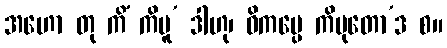
အဟော တု ကိံ ကိမူ’ ဒါဟု၊ ဝိကပ္ပေ ကိမုတော’ဒ စ။